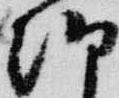
朝